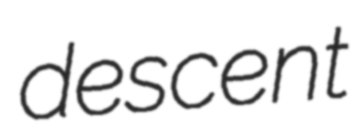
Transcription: descent